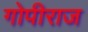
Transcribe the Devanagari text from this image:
गोपीराज